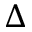
\Delta